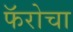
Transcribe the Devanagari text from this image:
फॅरोचा